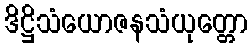
ဒိဋ္ဌိသံယောဇနသံယုတ္တော